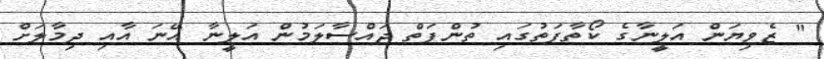
" ޒެވިޔަން އަލީނާގެ ކޯތާފަތުގައި ތުންފަތް ޖައްސާލަމުން އަލީނާ އޭނަ އާއި ދިމާލަށް